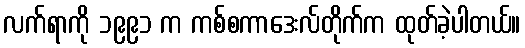
လက်ရာကို ၁၉၉၁ က ကစ်စကာဒေးလ်တိုက်က ထုတ်ခဲ့ပါတယ်။